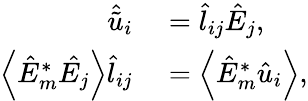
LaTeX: \begin{array}{rl}{\hat{\tilde{u}}_{i}}&{{}=\hat{l}_{ij}\hat{E}_{j},}\\ {\left\langle{\hat{E}_{m}^{*}\hat{E_{j}}}\right\rangle\hat{l}_{ij}}&{{}=\left\langle{\hat{E}_{m}^{*}\hat{u}_{i}}\right\rangle,}\end{array}